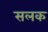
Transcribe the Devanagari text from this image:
सलक